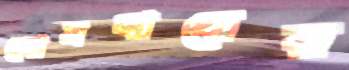
সোমবারের